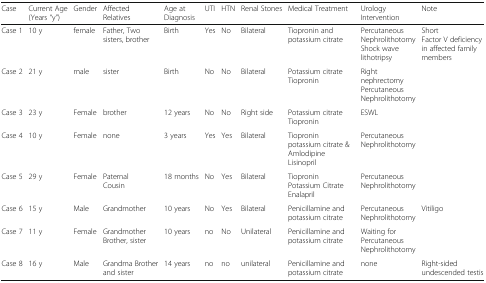
<table><thead><tr><td><b>Case</b></td><td><b>Current Age (Years “y”)</b></td><td><b>Gender</b></td><td><b>Affected Relatives</b></td><td><b>Age at Diagnosis</b></td><td><b>UTI</b></td><td><b>HTN</b></td><td><b>Renal Stones</b></td><td><b>Medical Treatment</b></td><td><b>Urology Intervention</b></td><td><b>Note</b></td></tr></thead><tbody><tr><td>Case 1</td><td>10 y</td><td>female</td><td>Father, Two sisters, brother</td><td>Birth</td><td>Yes</td><td>No</td><td>Bilateral</td><td>Tiopronin and potassium citrate</td><td>PercutaneousNephrolithotomyShock wave lithotripsy</td><td>ShortFactor V deficiency in affected family members</td></tr><tr><td>Case 2</td><td>21 y</td><td>male</td><td>sister</td><td>Birth</td><td>No</td><td>No</td><td>Bilateral</td><td>Potassium citrateTiopronin</td><td>Right nephrectomyPercutaneousNephrolithotomy</td><td></td></tr><tr><td>Case 3</td><td>23 y</td><td>Female</td><td>brother</td><td>12 years</td><td>No</td><td>No</td><td>Right side</td><td>Potassium citrateTiopronin</td><td>ESWL</td><td></td></tr><tr><td>Case 4</td><td>10 y</td><td>Female</td><td>none</td><td>3 years</td><td>Yes</td><td>Yes</td><td>Bilateral</td><td>Tioproninpotassium citrate &amp; AmlodipineLisinopril</td><td>PercutaneousNephrolithotomy</td><td></td></tr><tr><td>Case 5</td><td>29 y</td><td>Female</td><td>PaternalCousin</td><td>18 months</td><td>No</td><td>Yes</td><td>Bilateral</td><td>TioproninPotassium CitrateEnalapril</td><td>PercutaneousNephrolithotomy</td><td></td></tr><tr><td>Case 6</td><td>15 y</td><td>Male</td><td>Grandmother</td><td>10 years</td><td>No</td><td>Yes</td><td>Bilateral</td><td>Penicillamine and potassium citrate</td><td>PercutaneousNephrolithotomy</td><td>Vitiligo</td></tr><tr><td>Case 7</td><td>11 y</td><td>Female</td><td>Grandmother Brother, sister</td><td>10 years</td><td>no</td><td>No</td><td>Unilateral</td><td>Penicillamine and potassium citrate</td><td>Waiting for PercutaneousNephrolithotomy</td><td></td></tr><tr><td>Case 8</td><td>16 y</td><td>Male</td><td>Grandma Brother and sister</td><td>14 years</td><td>no</td><td>no</td><td>unilateral</td><td>Penicillamine and potassium citrate</td><td>none</td><td>Right-sided undescended testis</td></tr></tbody></table>